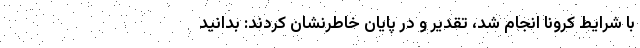
با شرایط کرونا انجام شد، تقدیر و در پایان خاطرنشان کردند: بدانید